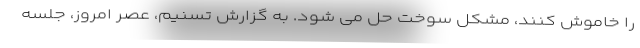
را خاموش کنند، مشکل سوخت حل می شود. به گزارش تسنیم، عصر امروز، جلسه